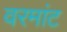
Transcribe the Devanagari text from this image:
वरमांट